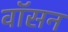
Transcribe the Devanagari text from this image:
वॉसन